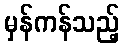
မှန်ကန်သည့်